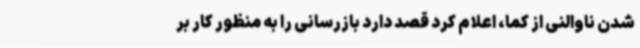
شدن ناوالنی از کما، اعلام کرد قصد دارد بازرسانی را به منظور کار بر